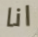
انا